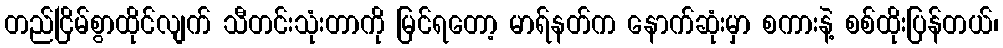
တည်ငြိမ်စွာထိုင်လျက် သီတင်းသုံးတာကို မြင်ရတော့ မာရ်နတ်က နောက်ဆုံးမှာ စကားနဲ့ စစ်ထိုးပြန်တယ်၊